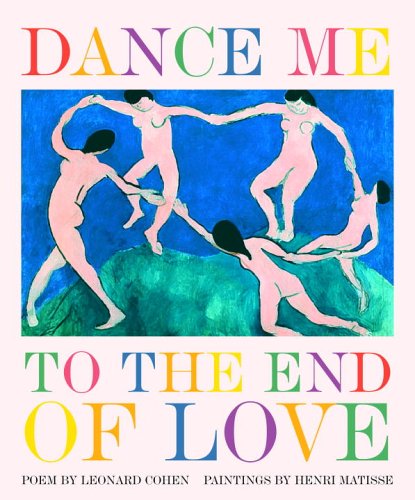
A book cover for Dance Me to the End of Love (Art & Poetry); Leonard Cohen; Literature & Fiction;